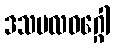
ဒသဗလဝဂ္ဂေါ